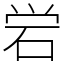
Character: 𬒈